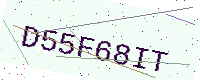
Text: D55F68IT